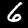
Label: 6